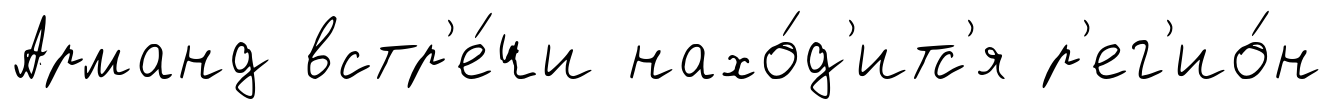
Арманд встр'е́чи нахо́д'итс'я р'ег'ио́н